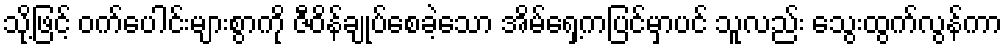
သို့ဖြင့် ဝက်ပေါင်းများစွာကို ဇီဝိန်ချုပ်စေခဲ့သော အိမ်ရှေ့ကပြင်မှာပင် သူလည်း သွေးထွက်လွန်ကာ